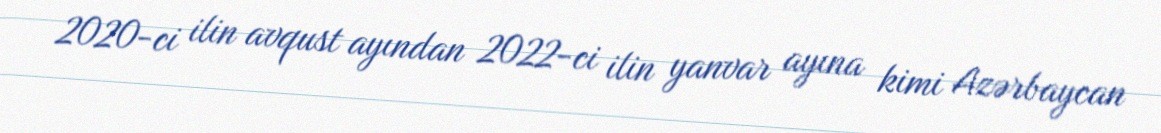
2020-ci ilin avqust ayından 2022-ci ilin yanvar ayına kimi Azərbaycan